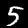
Digit: 5